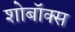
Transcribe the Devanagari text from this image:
शोबॉक्स